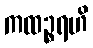
ကထဉ္စရဟိ